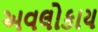
અવલોકાય